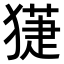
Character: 𤡞